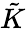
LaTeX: \tilde{K}